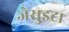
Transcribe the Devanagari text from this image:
जेसुइट।